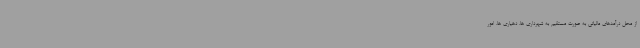
از محل درآمدهای مالیاتی به صورت مستقیم به شهرداری ها، دهیاری ها، امور